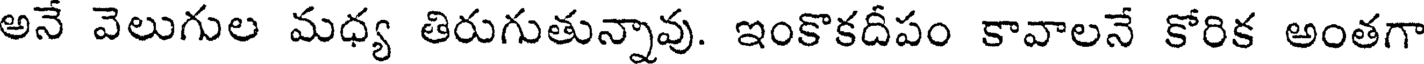
అనే వెలుగుల మధ్య తిరుగుతున్నావు. ఇంకొకదీపం కావాలనే కోరిక అంతగా